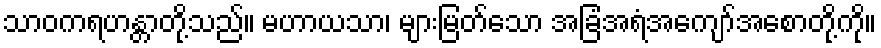
သာဝကရဟန္တာတို့သည်။ မဟာယသာ၊ များမြတ်သော အခြံအရံအကျော်အစောတို့ကို။